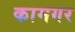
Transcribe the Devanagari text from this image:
कामगर